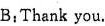
B ：Thank you.